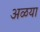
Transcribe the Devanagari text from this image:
अळया